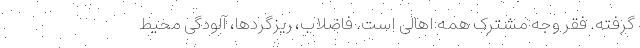
گرفته. فقر وجه مشترک همه اهالی است. فاضلاب، ریزگردها، آلودگی محیط‌